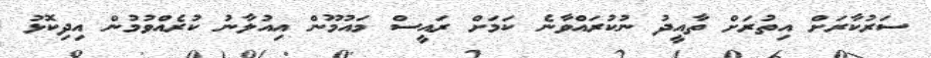
ސަރުކާރަށް އިތުރަށް ތާއީދު ނުކުރައްވާނެ ކަމަށް ރައީސް މައުމޫން އިއުލާނު ކުރެއްވުމުން އިދިކޮޅު